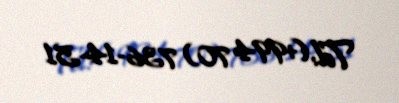
Tel: (+994 70) 736-14-51